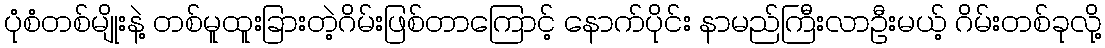
ပုံစံတစ်မျိုးနဲ့ တစ်မူထူးခြားတဲ့ဂိမ်းဖြစ်တာကြောင့် နောက်ပိုင်း နာမည်ကြီးလာဦးမယ့် ဂိမ်းတစ်ခုလို့